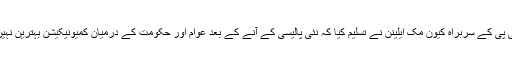
سی بی پی کے سربراہ کیون مک ایلینن نے تسلیم کیا کہ نئی پالیسی کے آنے کے بعد عوام اور حکومت کے درمیان کمیونیکیشن بہترین نہیں تھی۔